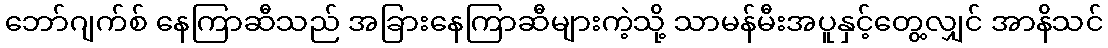
ဘော်ဂျက်စ် နေကြာဆီသည် အခြားနေကြာဆီများကဲ့သို့ သာမန်မီးအပူနှင့်တွေ့လျှင် အာနိသင်